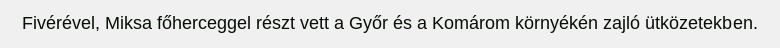
Fivérével, Miksa főherceggel részt vett a Győr és a Komárom környékén zajló ütközetekben.